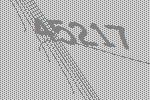
45217